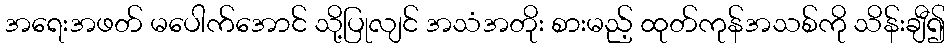
အရေးအဖတ် မပေါက်အောင် သို့ပြုလျင် အသံအတိုး စားမည့် ထုတ်ကုန်အသစ်ကို သိန်းချီ၍